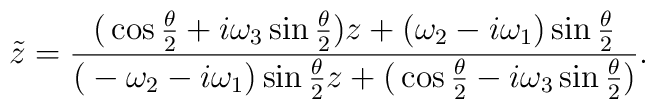
{\tilde z} = \frac{\big( \cos \frac{\theta}{2} + i \omega_3 \sin\frac{\theta}{2} \big) z + \big(\omega_2 - i \omega_1 \big) \sin\frac{\theta}{2}} {\big(-\omega_2 - i \omega_1 \big) \sin\frac{\theta}{2} z +\big( \cos \frac{\theta}{2} - i \omega_3 \sin\frac{\theta}{2} \big)}.